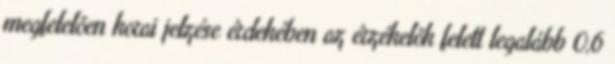
megfelelõen korai jelzése érdekében az érzékelõk felett legalább 0,6